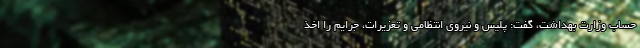
حساب وزارت بهداشت، گفت: پلیس و نیروی انتظامی و تعزیرات، جرایم را اخذ